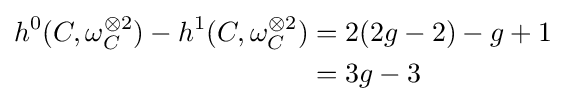
{\begin{aligned}h^{0}(C,\omega _{C}^{\otimes 2})-h^{1}(C,\omega _{C}^{\otimes 2})&=2(2g-2)-g+1\\&=3g-3\end{aligned}}